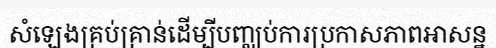
សំឡេងគ្រប់គ្រាន់ដើម្បីបញ្ឈប់ការប្រកាសភាពអាសន្ន